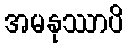
အမနုဿာပိ